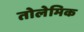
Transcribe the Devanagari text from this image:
तोलेमिक